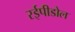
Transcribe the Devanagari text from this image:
रईपीडोल